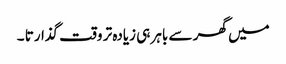
میں گھر سے باہر ہی زیادہ تر وقت گذارتا ۔